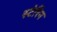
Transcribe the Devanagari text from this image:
स्टेरिन